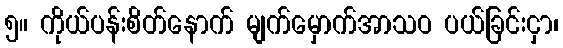
၅။ ကိုယ်ပန်းစိတ်နောက် မျက်မှောက်အာသဝ ပယ်ခြင်းငှာ၊